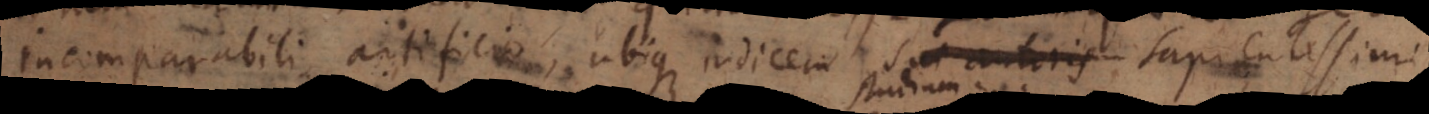
incomparabili artificio, ubique indicem sui autoris sapientissi